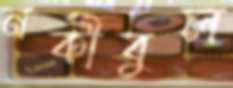
নকীবুল